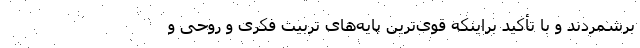
برشمردند و با تأکید براینکه قوی‌ترین پایه‌های تربیت فکری و روحی و